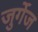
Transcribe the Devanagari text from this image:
जुर्गेज